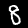
Digit: 8